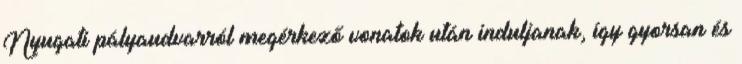
Nyugati pályaudvarról megérkező vonatok után induljanak, így gyorsan és